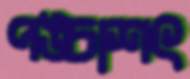
পঙ্চাশৎ